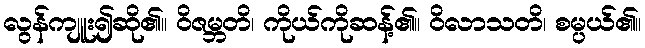
လွန်ကျူး၍ဆို၏။ ဝိဇမ္ဘတိ၊ ကိုယ်ကိုဆန့်၏။ ဝိလာသတိ၊ စမ္ပယ်၏။